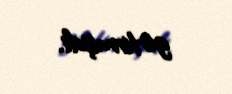
gətirmişdi.